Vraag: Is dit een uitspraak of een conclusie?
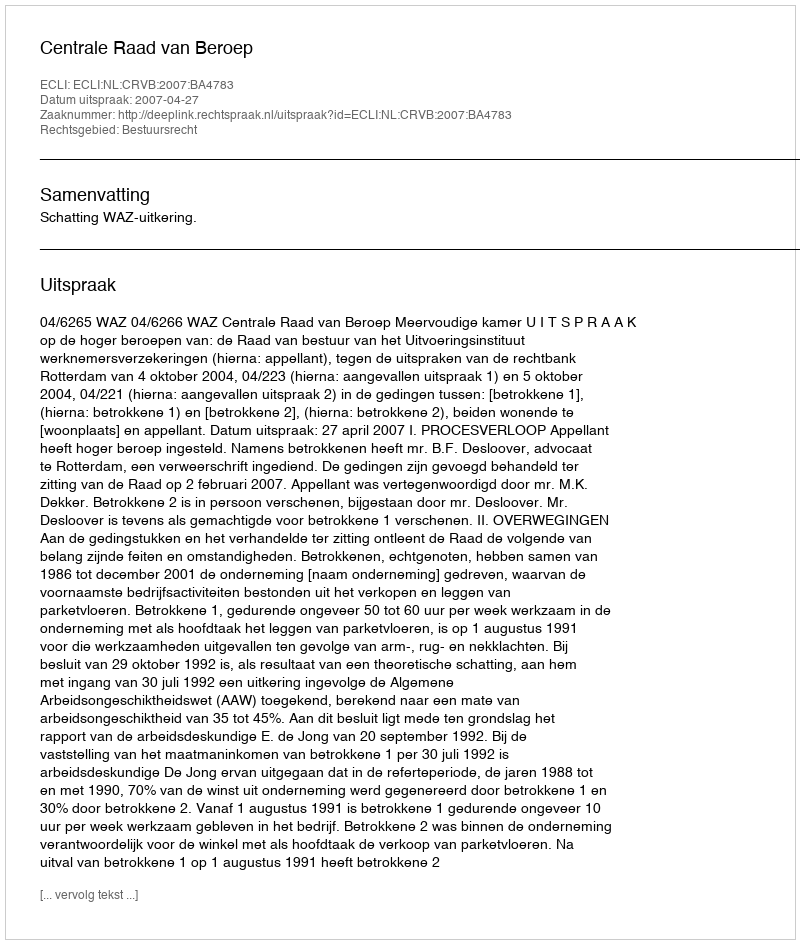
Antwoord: Uitspraak